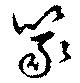
篆